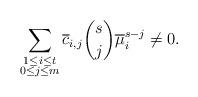
LaTeX: \begin{align*}\sum_{\substack{1 \leq i \leq t \\ 0 \leq j \leq m}} \overline{c}_{i, j}\binom{s}{j}\overline{\mu}_i^{s-j} \neq 0.\end{align*}